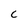
Character: c